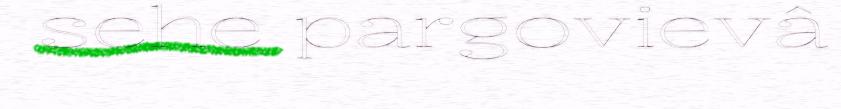
sehe pargovievâ